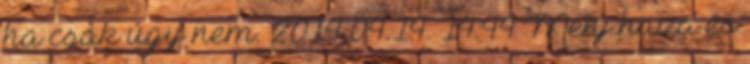
ha csak úgy nem. 2014.04.14. 14:44 Menj haza és